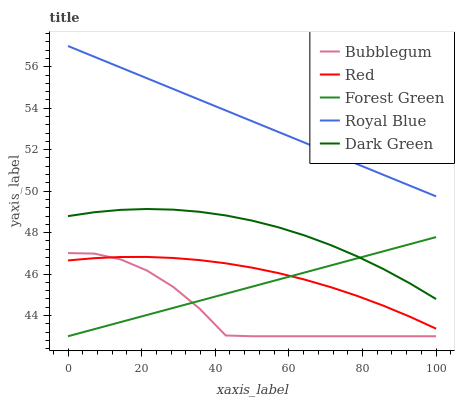
| xaxis_label | Bubblegum | Red | Forest Green | Royal Blue | Dark Green |
 | --- | --- | --- | --- | --- | --- |
 | 0 | 47 | 46.7 | 43 | 57 | 48.8 |
 | 7.14 | 47 | 46.8 | 43.3 | 56.5 | 49 |
 | 14.3 | 46.7 | 46.8 | 43.7 | 56 | 49.1 |
 | 21.4 | 46.2 | 46.8 | 44 | 55.4 | 49.1 |
 | 28.6 | 45.4 | 46.8 | 44.4 | 54.9 | 49.1 |
 | 35.7 | 44.3 | 46.7 | 44.7 | 54.4 | 49 |
 | 42.9 | 43 | 46.5 | 45 | 53.9 | 48.8 |
 | 50 | 43 | 46.3 | 45.4 | 53.4 | 48.6 |
 | 57.1 | 43 | 46 | 45.7 | 52.9 | 48.3 |
 | 64.3 | 43 | 45.7 | 46.1 | 52.3 | 47.9 |
 | 71.4 | 43 | 45.4 | 46.4 | 51.8 | 47.4 |
 | 78.6 | 43 | 44.9 | 46.8 | 51.3 | 46.9 |
 | 85.7 | 43 | 44.5 | 47.1 | 50.8 | 46.2 |
 | 92.9 | 43 | 43.9 | 47.4 | 50.3 | 45.6 |
 | 100 | 43 | 43.4 | 47.8 | 49.7 | 44.8 |